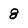
Character: 8